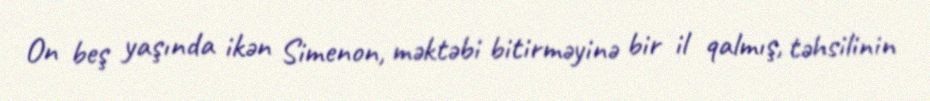
On beş yaşında ikən Simenon, məktəbi bitirməyinə bir il qalmış, təhsilinin